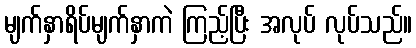
မျက်နှာရိပ်မျက်နှာကဲ ကြည့်ပြီး အလုပ် လုပ်သည်။